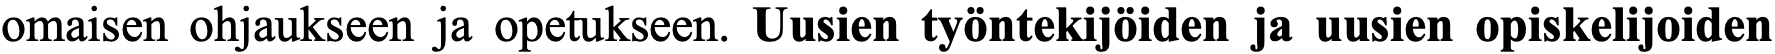
omaisen ohjaukseen ja opetukseen. Uusien työntekijöiden ja uusien opiskelijoiden